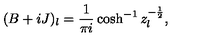
( B + i J ) _ { l } = \frac 1 { \pi i } \cosh ^ { - 1 } z _ { l } ^ { - \frac 1 2 } ,